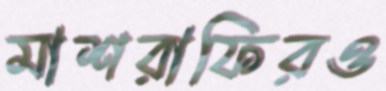
মাশরাফিরও